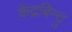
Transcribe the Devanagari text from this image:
केंद्रबिन्दु